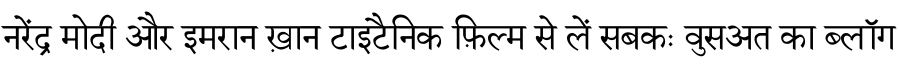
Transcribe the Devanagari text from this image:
नरेंद्र मोदी और इमरान ख़ान टाइटैनिक फ़िल्म से लें सबकः वुसअत का ब्लॉग